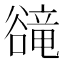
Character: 𧯇